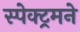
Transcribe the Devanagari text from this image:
स्पेक्ट्रमने